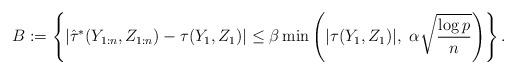
LaTeX: \begin{align*}B:=\left\{|\hat\tau^\ast(Y_{1:n},Z_{1:n})-\tau(Y_1,Z_1)|\le \beta \min\left(|\tau(Y_1,Z_1)|, ~\alpha\sqrt{\frac{\log p}{n}}\right)\right\}.\end{align*}